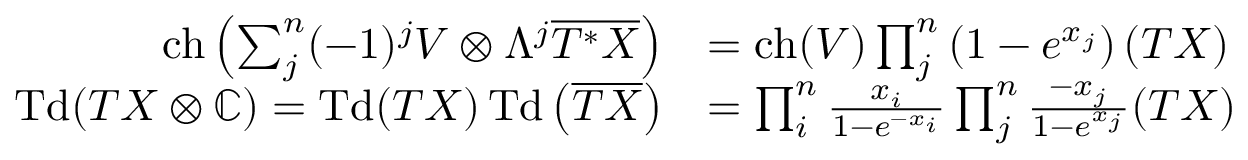
{ \begin{array} { r l } { \operatorname { c h } \left( \sum _ { j } ^ { n } ( - 1 ) ^ { j } V \otimes \Lambda ^ { j } { \overline { { T ^ { * } X } } } \right) } & { = \operatorname { c h } ( V ) \prod _ { j } ^ { n } \left( 1 - e ^ { x _ { j } } \right) ( T X ) } \\ { \operatorname { T d } ( T X \otimes \mathbb { C } ) = \operatorname { T d } ( T X ) \operatorname { T d } \left( { \overline { { T X } } } \right) } & { = \prod _ { i } ^ { n } { \frac { x _ { i } } { 1 - e ^ { - x _ { i } } } } \prod _ { j } ^ { n } { \frac { - x _ { j } } { 1 - e ^ { x _ { j } } } } ( T X ) } \end{array} }